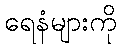
ရေနံများကို